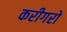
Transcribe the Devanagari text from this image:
करीगरों